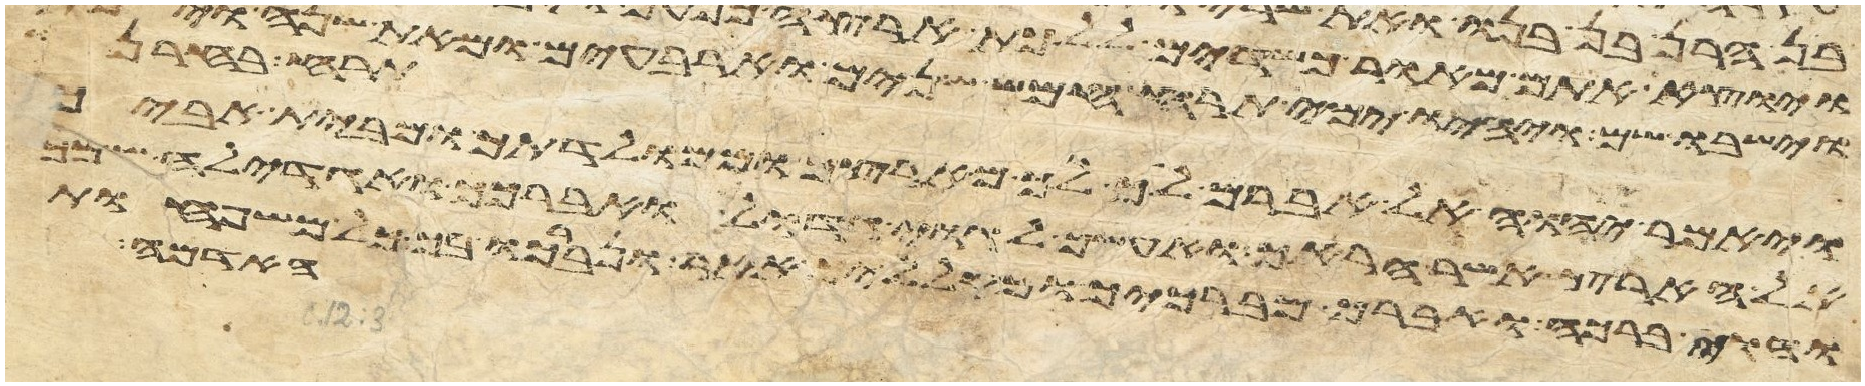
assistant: תרח בחרן
ויאמר יהוה אל אברם לך לך מארצך וממולדתך ומבית אביך
אל הארץ אשר אראך ואעשך לגוי גדול ואברכך ואגדלה שמך
והוי ברכה ואברך מברכיך ומקלליך אאר ונברכו בך כל משפחות
האדמה